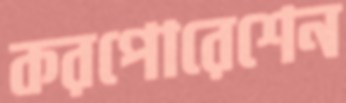
করপোরেশেন